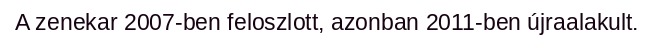
A zenekar 2007-ben feloszlott, azonban 2011-ben újraalakult.